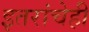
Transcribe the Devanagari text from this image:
इतरांचेही